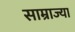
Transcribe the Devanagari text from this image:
साम्राज्या